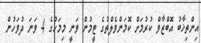
އިންތިޚާބު އޮބްޒާވް ކުރުމަށް ކޮމަންވެލްތުގެ ޓީމުން ވަނީ މިމަހުގެ 4 ވަނަ ދުވަހުން